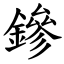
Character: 鏒